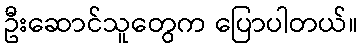
ဦးဆောင်သူတွေက ပြောပါတယ်။